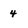
Character: 4